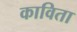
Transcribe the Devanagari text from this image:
काविता